Indian journal of veterinary science and animal husbandry - Volume 9,
Year: 1939
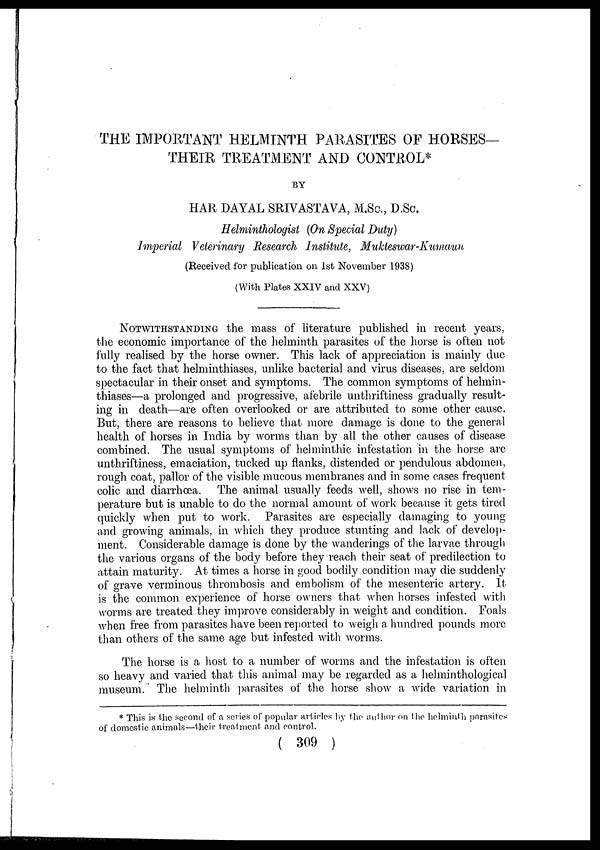
THE IMPORTANT HELMINTH PARASITES OF HORSES—
THEIR TREATMENT AND CONTROL*
BY
HAR DAYAL SRIVASTAVA, M.Sc., D.Sc.
Helminthologist (On Special Duty)
Imperial Veterinary Research Institute, Mukteswar-Kumaun
(Received for publication on 1st November 1938)
(With Plates XXIV and XXV)
NOTWITHSTANDING the mass of literature published in recent years,
the economic importance of the helminth parasites of the horse is often not
fully realised by the horse owner. This lack of appreciation is mainly due
to the fact that helminthiases, unlike bacterial and virus diseases, are seldom
spectacular in their onset and symptoms. The common symptoms of helmin-
thiases—a prolonged and progressive, afebrile unthriftiness gradually result-
ing in death—are often overlooked or are attributed to some other cause.
But, there are reasons to believe that more damage is done to the general
health of horses in India by worms than by all the other causes of disease
combined. The usual symptoms of helminthic infestation in the horse are
unthriftiness, emaciation, tucked up flanks, distended or pendulous abdomen,
rough coat, pallor of the visible mucous membranes and in some cases frequent
colic and diarrhœa. The animal usually feeds well, shows no rise in tem-
perature but is unable to do the normal amount of work because it gets tired
quickly when put to work. Parasites are especially damaging to young
and growing animals, in which they produce stunting and lack of develop-
ment. Considerable damage is done by the wanderings of the larvae through
the various organs of the body before they reach their seat of predilection to
attain maturity. At times a horse in good bodily condition may die suddenly
of grave verminous thrombosis and embolism of the mesenteric artery. It
is the common experience of horse owners that when horses infested with
worms are treated they improve considerably in weight and condition. Foals
when free from parasites have been reported to weigh a hundred pounds more
than others of the same age but infested with worms.
The horse is a host to a number of worms and the infestation is often
so heavy and varied that this animal may be regarded as a helminthological
museum. The helminth parasites of the horse show a wide variation in
* This is the second of a series of popular articles by the author on the helminth parasites
of domestic animals—their treatment and control.
( 309 )